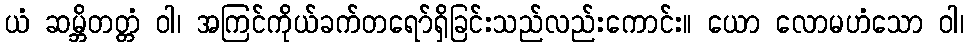
ယံ ဆမ္ဘိတတ္တံ ဝါ၊ အကြင်ကိုယ်ခက်တရော်ရှိခြင်းသည်လည်းကောင်း။ ယော လောမဟံသော ဝါ၊